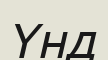
Үнд